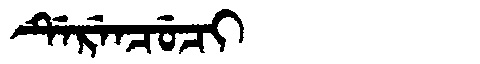
Manchu: ᡩᡝᡵᡝᠨᠴᡠᠴᡳ
Romanization: DERENCUCI